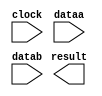
// megafunction wizard: %LPM_MULT%VBB%
// GENERATION: STANDARD
// VERSION: WM1.0
// MODULE: lpm_mult 

// ============================================================
// Megafunction Name(s):
// 			lpm_mult
//
// Simulation Library Files(s):
// 			lpm
// ============================================================
// ************************************************************
// THIS IS A WIZARD-GENERATED FILE. DO NOT EDIT THIS FILE!
//
// 16.1.0 Build 196 10/24/2016 SJ Standard Edition
// ************************************************************

//Copyright (C) 2016  Intel Corporation. All rights reserved.
//Your use of Intel Corporation's design tools, logic functions 
//and other software and tools, and its AMPP partner logic 
//functions, and any output files from any of the foregoing 
//(including device programming or simulation files), and any 
//associated documentation or information are expressly subject 
//to the terms and conditions of the Intel Program License 
//Subscription Agreement, the Intel Quartus Prime License Agreement,
//the Intel MegaCore Function License Agreement, or other 
//applicable license agreement, including, without limitation, 
//that your use is for the sole purpose of programming logic 
//devices manufactured by Intel and sold by Intel or its 
//authorized distributors.  Please refer to the applicable 
//agreement for further details.

module multiplier_7x7 (
	clock,
	dataa,
	datab,
	result);

	input	  clock;
	input	[6:0]  dataa;
	input	[6:0]  datab;
	output	[13:0]  result;

endmodule

// ============================================================
// CNX file retrieval info
// ============================================================
// Retrieval info: PRIVATE: AutoSizeResult NUMERIC "1"
// Retrieval info: PRIVATE: B_isConstant NUMERIC "0"
// Retrieval info: PRIVATE: ConstantB NUMERIC "0"
// Retrieval info: PRIVATE: INTENDED_DEVICE_FAMILY STRING "Cyclone V"
// Retrieval info: PRIVATE: LPM_PIPELINE NUMERIC "2"
// Retrieval info: PRIVATE: Latency NUMERIC "1"
// Retrieval info: PRIVATE: SYNTH_WRAPPER_GEN_POSTFIX STRING "1"
// Retrieval info: PRIVATE: SignedMult NUMERIC "0"
// Retrieval info: PRIVATE: USE_MULT NUMERIC "1"
// Retrieval info: PRIVATE: ValidConstant NUMERIC "0"
// Retrieval info: PRIVATE: WidthA NUMERIC "7"
// Retrieval info: PRIVATE: WidthB NUMERIC "7"
// Retrieval info: PRIVATE: WidthP NUMERIC "14"
// Retrieval info: PRIVATE: aclr NUMERIC "0"
// Retrieval info: PRIVATE: clken NUMERIC "0"
// Retrieval info: PRIVATE: new_diagram STRING "1"
// Retrieval info: PRIVATE: optimize NUMERIC "0"
// Retrieval info: LIBRARY: lpm lpm.lpm_components.all
// Retrieval info: CONSTANT: LPM_HINT STRING "DEDICATED_MULTIPLIER_CIRCUITRY=YES,MAXIMIZE_SPEED=5"
// Retrieval info: CONSTANT: LPM_PIPELINE NUMERIC "2"
// Retrieval info: CONSTANT: LPM_REPRESENTATION STRING "UNSIGNED"
// Retrieval info: CONSTANT: LPM_TYPE STRING "LPM_MULT"
// Retrieval info: CONSTANT: LPM_WIDTHA NUMERIC "7"
// Retrieval info: CONSTANT: LPM_WIDTHB NUMERIC "7"
// Retrieval info: CONSTANT: LPM_WIDTHP NUMERIC "14"
// Retrieval info: USED_PORT: clock 0 0 0 0 INPUT NODEFVAL "clock"
// Retrieval info: USED_PORT: dataa 0 0 7 0 INPUT NODEFVAL "dataa[6..0]"
// Retrieval info: USED_PORT: datab 0 0 7 0 INPUT NODEFVAL "datab[6..0]"
// Retrieval info: USED_PORT: result 0 0 14 0 OUTPUT NODEFVAL "result[13..0]"
// Retrieval info: CONNECT: @clock 0 0 0 0 clock 0 0 0 0
// Retrieval info: CONNECT: @dataa 0 0 7 0 dataa 0 0 7 0
// Retrieval info: CONNECT: @datab 0 0 7 0 datab 0 0 7 0
// Retrieval info: CONNECT: result 0 0 14 0 @result 0 0 14 0
// Retrieval info: GEN_FILE: TYPE_NORMAL multiplier_7x7.v TRUE
// Retrieval info: GEN_FILE: TYPE_NORMAL multiplier_7x7.inc FALSE
// Retrieval info: GEN_FILE: TYPE_NORMAL multiplier_7x7.cmp FALSE
// Retrieval info: GEN_FILE: TYPE_NORMAL multiplier_7x7.bsf FALSE
// Retrieval info: GEN_FILE: TYPE_NORMAL multiplier_7x7_inst.v FALSE
// Retrieval info: GEN_FILE: TYPE_NORMAL multiplier_7x7_bb.v TRUE
// Retrieval info: GEN_FILE: TYPE_NORMAL multiplier_7x7_syn.v TRUE
// Retrieval info: LIB_FILE: lpm